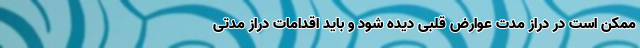
ممکن است در دراز مدت عوارض قلبی دیده شود و باید اقدامات دراز مدتی